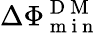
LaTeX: \Delta\Phi_{\mathrm{~m~i~n~}}^{\mathrm{~D~M~}}